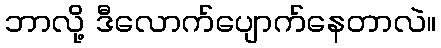
ဘာလို့ ဒီလောက်ပျောက်နေတာလဲ။